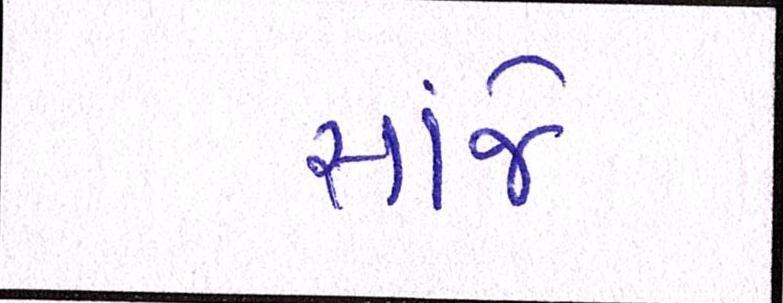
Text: સાંજે